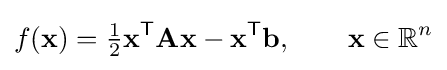
f(\mathbf {x} )={\tfrac {1}{2}}\mathbf {x} ^{\mathsf {T}}\mathbf {A} \mathbf {x} -\mathbf {x} ^{\mathsf {T}}\mathbf {b} ,\qquad \mathbf {x} \in \mathbb {R} ^{n}